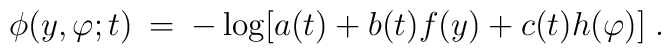
\phi(y,\varphi;t)\:=\:-\log[a(t)+b(t)f(y)+c(t)h(\varphi)]\; .